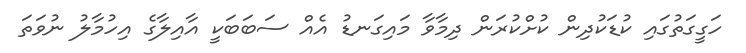
ހަގީގަތުގައި ކުޑަކުދިން ކުށްކުރަން ދިމާވާ މައިގަނޑު އެއް ސަބަބަކީ އާއިލާގެ އިހުމާލު ނުވަތަ